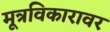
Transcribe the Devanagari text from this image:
मूत्रविकारावर